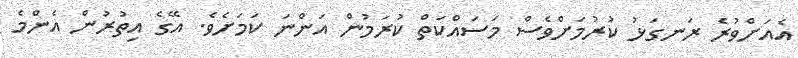
އެއަށްވުރެ ރަނގަޅު ކުރުމަށްވެސް މަސައްކަތް ކުރަމުން އަންނަ ކަމަށެވެ. އޭގެ އިތުރުން އެންމެ